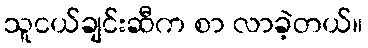
သူငယ်ချင်းဆီက စာ လာခဲ့တယ်။